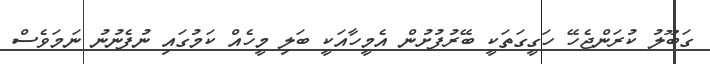
ގަބޫލު ކުރަންޖެހޭ ހަގީގަތަކީ ބޭރުފުށުން އެމީހާއަކީ ބަލި މީހެއް ކަމުގައި ނުފެނުުނު ނަމަވެސް